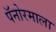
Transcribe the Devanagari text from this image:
पॅनोरमाला